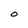
Character: O